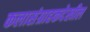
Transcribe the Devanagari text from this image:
कलासंग्राहकदेखील